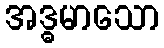
အဒ္ဓမာသော